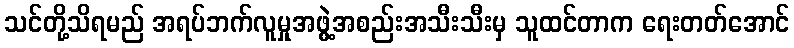
သင်တို့သိရမည် အရပ်ဘက်လူမှုအဖွဲ့အစည်းအသီးသီးမှ သူထင်တာက ရေးတတ်အောင်